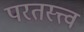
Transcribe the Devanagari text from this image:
परतस्त्त्व